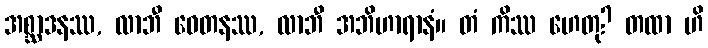
အစ္ဆာဒနဿ, လာဘီ ဝေတနဿ, လာဘီ အဘိဟာရာနံ။ တံ ကိဿ ဟေတု? တထာ ဟိ